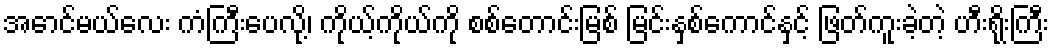
အောင်မယ်လေး ကံကြီးပေလို့၊ ကိုယ့်ကိုယ်ကို စစ်တောင်းမြစ် မြင်းနှစ်ကောင်နှင့် ဖြတ်ကူးခဲ့တဲ့ ဟီးရိုးကြီး